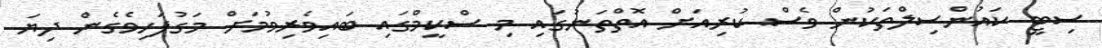
ސިޓީ ކައުންސިލްތަކުން ވެސް ކުރިއަށް އޮތްތަނުގައި މި ސްކީމްގައި ބައިވެރިވުމަށް މަގުފަހިވެގެން ދިޔަ